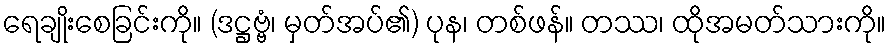
ရေချိုးစေခြင်းကို။ (ဒဋ္ဌဗ္ဗံ၊ မှတ်အပ်၏) ပုန၊ တစ်ဖန်။ တဿ၊ ထိုအမတ်သားကို။